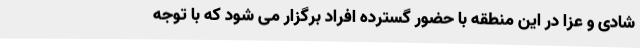
شادی و عزا در این منطقه با حضور گسترده افراد برگزار می شود که با توجه